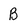
Character: B